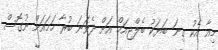
މިއާ އެކު ގިނަ ބަޔަކު ބެލްޖިއަމް އަށް ދެވަނަ ބުރާ ހަމައަށް ނުގޮސް